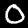
Label: 0